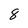
Character: 8